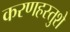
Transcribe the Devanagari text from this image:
करणहस्तुशे